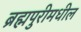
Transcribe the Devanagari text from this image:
ब्रह्मपुरीमधील